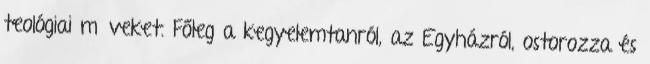
teológiai műveket. Főleg a kegyelemtanról, az Egyházról, ostorozza és